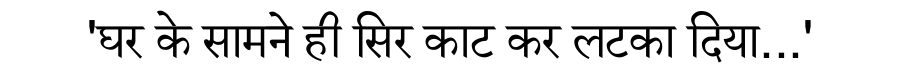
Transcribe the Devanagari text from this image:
'घर के सामने ही सिर काट कर लटका दिया...'